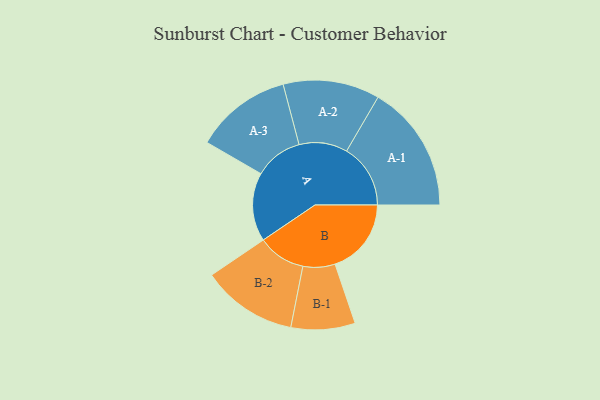
{"axis": {"x": "Segment", "y": "Value"}, "legend": ["", "A", "B"], "data": [{"x": "A", "y": 317, "type": ""}, {"x": "B", "y": 352, "type": ""}, {"x": "A-1", "y": 295, "type": "A"}, {"x": "A-2", "y": 223, "type": "A"}, {"x": "A-3", "y": 223, "type": "A"}, {"x": "B-1", "y": 148, "type": "B"}, {"x": "B-2", "y": 221, "type": "B"}]}